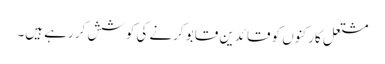
مشتعل کارکنوں کو قائدین قابو کرنے کی کوشش کر رہے ہیں۔